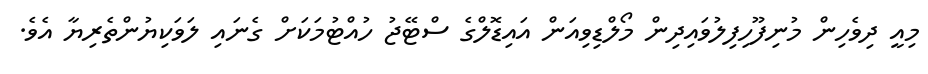
މިއީ ދިވެހިން މުނިފޫހިފިލުވައިދިން މޯލްޑިވިއަން އައިޑޮލްގެ ސްޓޭޖު ހުއްޓުމަކަށް ގެނައި ލަވަކިޔުންތެރިޔާ އެވެ.